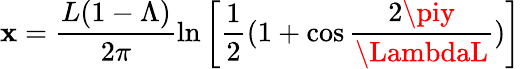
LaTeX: \mathbf{x}=\frac{{L(1-\Lambda)}}{{2\pi}}\ln\left[\frac{{1}}{{2}}(1+\cos\frac{{2\piy}}{{\LambdaL}})\right]